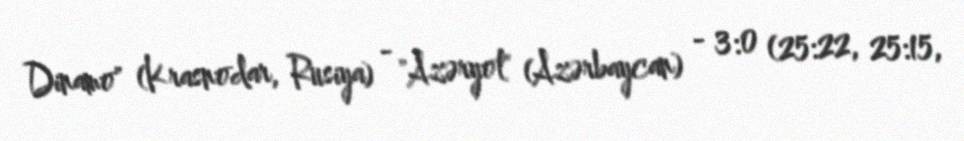
Dinamo" (Krasnodar, Rusiya) - "Azəryol" (Azərbaycan) - 3:0 (25:22, 25:15,